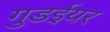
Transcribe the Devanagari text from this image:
गुडईयर